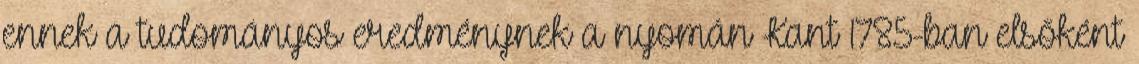
ennek a tudományos eredménynek a nyomán Kant 1785-ban elsőként